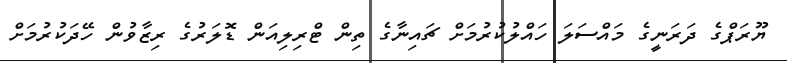
ޔޫރަޕްގެ ދަރަނީގެ މައްސަލަ ހައްލުކުރުމަށް ޗައިނާގެ ތިން ޓްރިލިއަން ޑޮލަރުގެ ރިޒާވުން ހޭދަކުރުމަށް